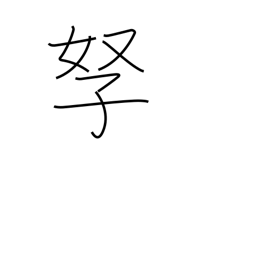
Meaning: wife and children